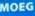
MOEG